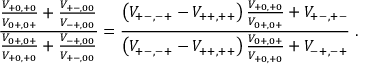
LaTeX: \frac { \frac { V _ { + 0 , + 0 } } { V _ { 0 + , 0 + } } + \frac { V _ { + - , 0 0 } } { V _ { - + , 0 0 } } } { \frac { V _ { 0 + , 0 + } } { V _ { + 0 , + 0 } } + \frac { V _ { - + , 0 0 } } { V _ { + - , 0 0 } } } = \frac { \left( V _ { + - , - + } - V _ { + + , + + } \right) \frac { V _ { + 0 , + 0 } } { V _ { 0 + , 0 + } } + V _ { + - , + - } } { \left( V _ { + - , - + } - V _ { + + , + + } \right) \frac { V _ { 0 + , 0 + } } { V _ { + 0 , + 0 } } + V _ { - + , - + } } \; .